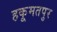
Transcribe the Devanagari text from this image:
हकूमतपुर